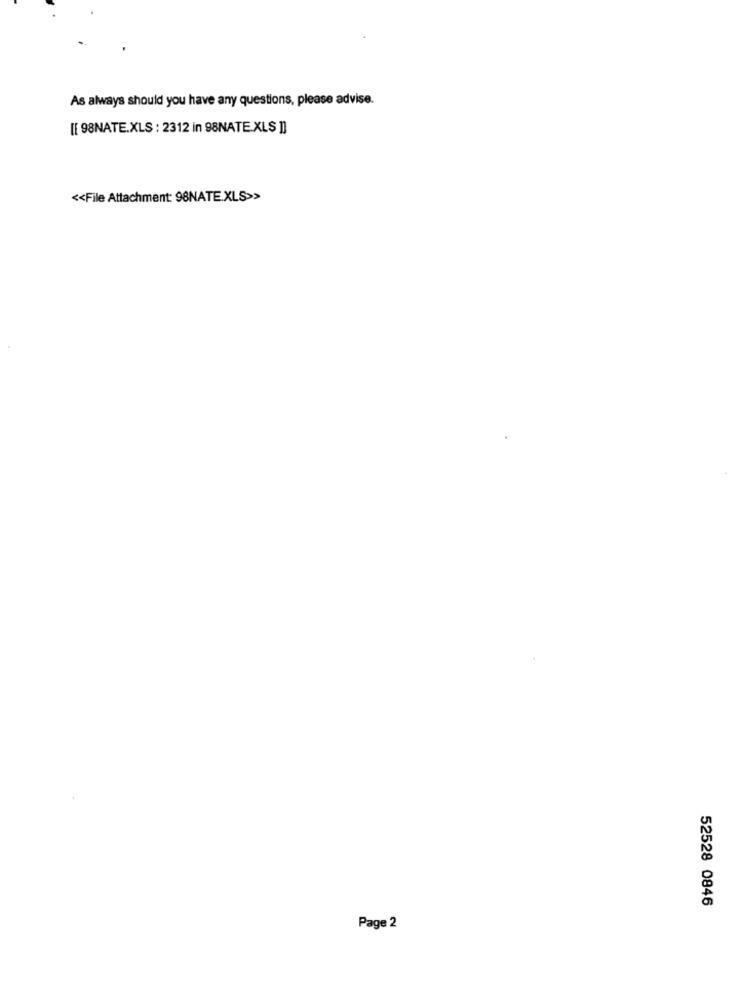
As always should you have any questions, please advise.
[[ 98NATE.XLS : 2312 in 98NATE.XLS ]]
<< File Attachment: 98NATE.XLS>>
52528 0846
Page 2